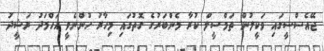
ޖޭއެސްސީގައި ވަކީލުން ތަމްސީލް ކުރާ މެންބަރުގެ ގޮތުގައި މިހާރު ހުންނެވީ އަހްމަދު ރަޝީދު